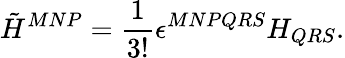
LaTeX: {\tilde{H}}^{MNP}=\frac{1}{3!}\epsilon^{MNPQRS}H_{QRS}.